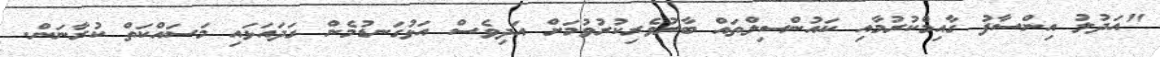
"އަދުލު އިންސާފު ގާއިމްކުރުމާއި ކައުންސިލްތައް ބާރުވެރިކުރުވުމަށް އަދިވެސް އަޅުގަނޑުމެން ގަދައަޅައި މަސައްކަތް ކުރާނަން.